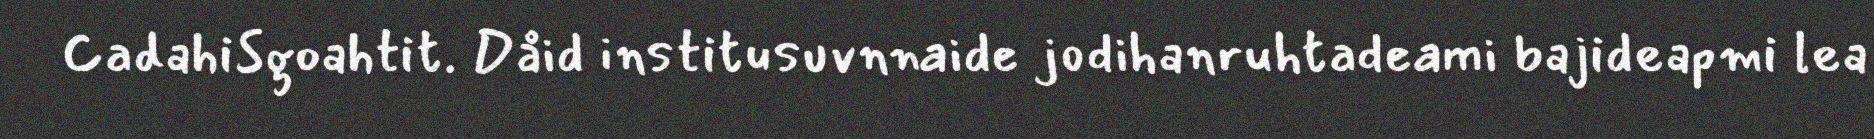
CadahiSgoahtit. Dåid institusuvnnaide jodihanruhtadeami bajideapmi lea